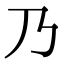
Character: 乃